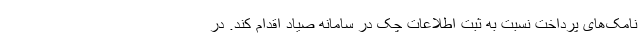
نامک‌های پرداخت نسبت به ثبت اطلاعات چک در سامانه صیاد اقدام کند. در